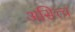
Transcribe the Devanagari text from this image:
असित्त्व